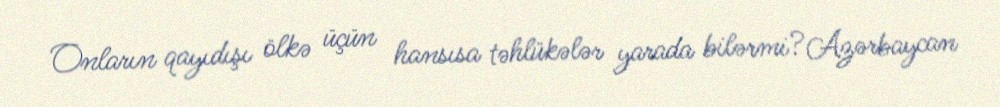
Onların qayıdışı ölkə üçün hansısa təhlükələr yarada bilərmi?Azərbaycan